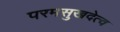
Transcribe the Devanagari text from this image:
परमसुखदेत्व